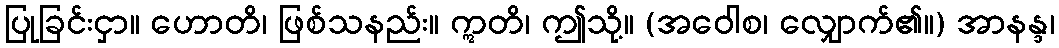
ပြုခြင်းငှာ။ ဟောတိ၊ ဖြစ်သနည်း။ ဣတိ၊ ဤသို့။ (အဝေါစ၊ လျှောက်၏။) အာနန္ဒ၊